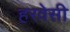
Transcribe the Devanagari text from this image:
हरवेसी